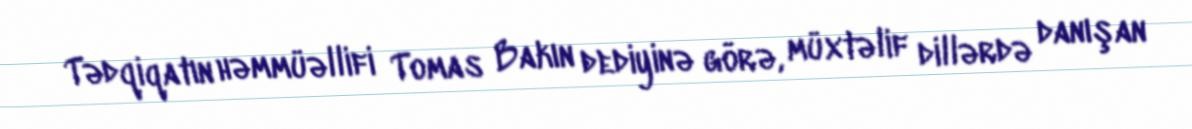
Tədqiqatın həmmüəllifi Tomas Bakın dediyinə görə, müxtəlif dillərdə danışan